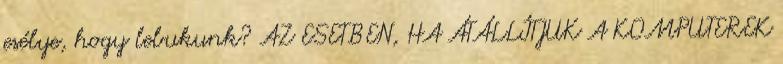
esélye, hogy lebukunk? AZ ESETBEN, HA ÁTÁLLÍTJUK A KOMPUTEREK